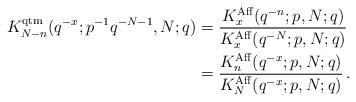
LaTeX: \begin{align*}K_{N-n}^{\rm qtm}(q^{-x};p^{-1}q^{-N-1},N;q)&=\frac{K_x^{\rm Aff}(q^{-n};p,N;q)}{K_x^{\rm Aff}(q^{-N};p,N;q)}\\&=\frac{K_n^{\rm Aff}(q^{-x};p,N;q)}{K_N^{\rm Aff}(q^{-x};p,N;q)}\,.\end{align*}